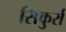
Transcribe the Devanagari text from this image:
सिकुर्रा